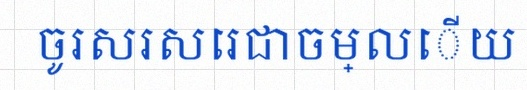
ចូរសរសេរជាចម្លើយ